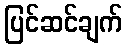
ပြင်ဆင်ချက်